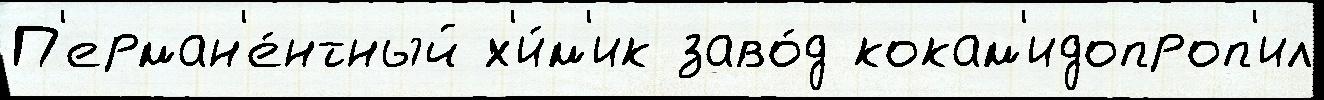
П'ерман'е́нтный х'и́м'ик заво́д кокам'идопроп'ил